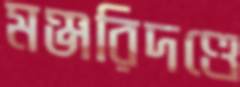
মঞ্জরিদণ্ডে